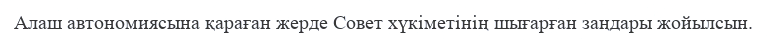
Алаш автономиясына қараған жерде Совет хүкіметінің шығарған заңдары жойылсын.